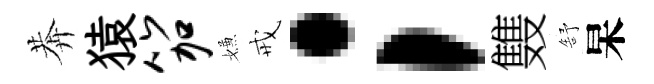
莾猿笳嫌戒；䨇舒杲